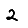
Digit: 2